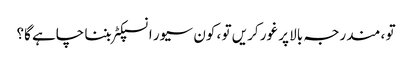
تو ، مندرجہ بالا پر غور کریں تو ، کون سیور انسپکٹر بننا چاہے گا؟